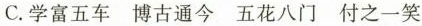
C.学富五车 博古通今 五花八门 付之一笑